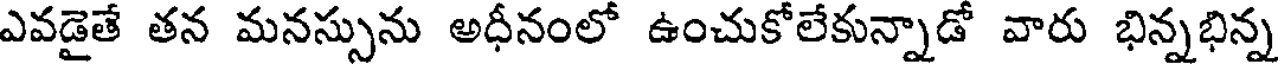
ఎవడైతే తన మనస్సును అధీనంలో ఉంచుకోలేకున్నాడో వారు భిన్నభిన్న